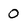
Character: 0